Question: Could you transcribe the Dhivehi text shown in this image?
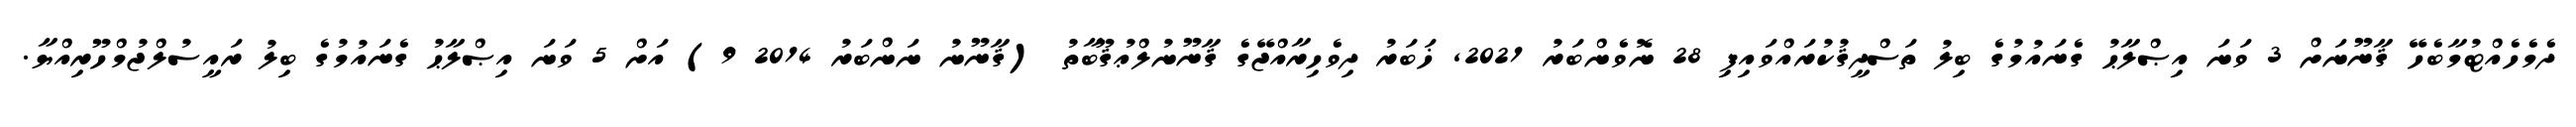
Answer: ދެމެހެއްޓުމާބެހޭ ޤާނޫނަށް 3 ވަނަ އިޞްލާޙު ގެނައުމުގެ ބިލު ތަސްދީޤުކުރައްވައިފި 28 ނޮވެންބަރު 2021, ޚަބަރު ދިވެހިރާއްޖޭގެ ޤާނޫނުލްޢުޤޫބާތު (ޤާނޫނު ނަންބަރު 2014 9) އަށް 5 ވަނަ އިޞްލާޙު ގެނައުމުގެ ބިލު ރައީސުލްޖުމްހޫރިއްޔާ.